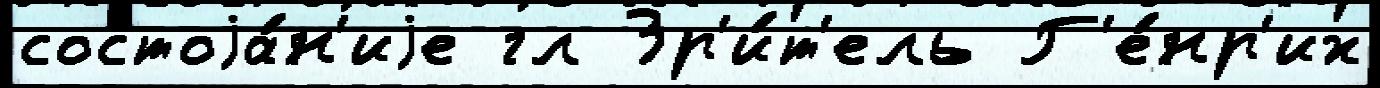
состоjа́н'иjе гл Зр'и́т'ель Г'е́нр'их